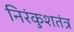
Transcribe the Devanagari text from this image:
निरंकुशतंत्र